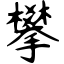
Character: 攀